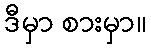
ဒီမှာ စားမှာ။